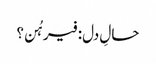
حالِ دل: فیرہُن؟